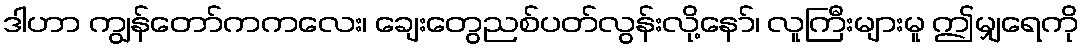
ဒါဟာ ကျွန်တော်ကကလေး၊ ချေးတွေညစ်ပတ်လွန်းလို့နော်၊ လူကြီးများမူ ဤမျှရေကို